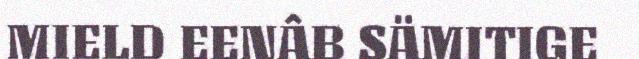
MIELD EENÂB SÄMITIGE